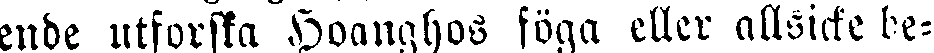
ende utforska Hoanghos föga eller allsicke be-